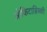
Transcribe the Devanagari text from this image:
ओकिटाब्रिस्की